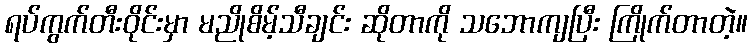
ရပ်ကွက်တီးဝိုင်းမှာ မညိုစိမ့်သီချင်း ဆိုတာကို သဘောကျပြီး ကြိုက်တာတဲ့။